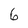
Character: 6